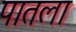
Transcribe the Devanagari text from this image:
पातला